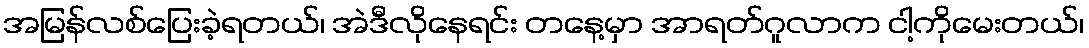
အမြန်လစ်ပြေးခဲ့ရတယ်၊ အဲဒီလိုနေရင်း တနေ့မှာ အာရတ်ဂူလာက ငါ့ကိုမေးတယ်၊